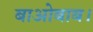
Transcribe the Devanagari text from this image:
बाओबाब।